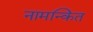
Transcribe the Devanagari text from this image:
नामन्कित